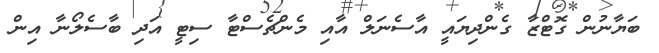
ބަޔާނުން ގޮޓްޒާ ގެންދިޔައީ އާސެނަލް އާއި މެންޗެސްޓާ ސިޓީ އަދި ބާސެލޯނާ އިން